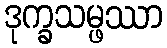
ဒုက္ခသမ္ဖဿာ